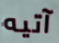
آتيه